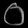
Digit: ၀